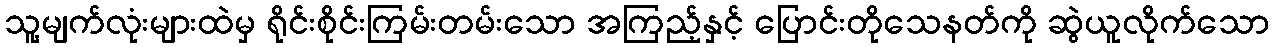
သူ့မျက်လုံးများထဲမှ ရိုင်းစိုင်းကြမ်းတမ်းသော အကြည့်နှင့် ပြောင်းတိုသေနတ်ကို ဆွဲယူလိုက်သော